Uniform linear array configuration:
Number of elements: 24
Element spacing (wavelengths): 1
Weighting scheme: hamming
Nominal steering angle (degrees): -30
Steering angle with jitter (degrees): -31.937
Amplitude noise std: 0.05
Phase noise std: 0.05

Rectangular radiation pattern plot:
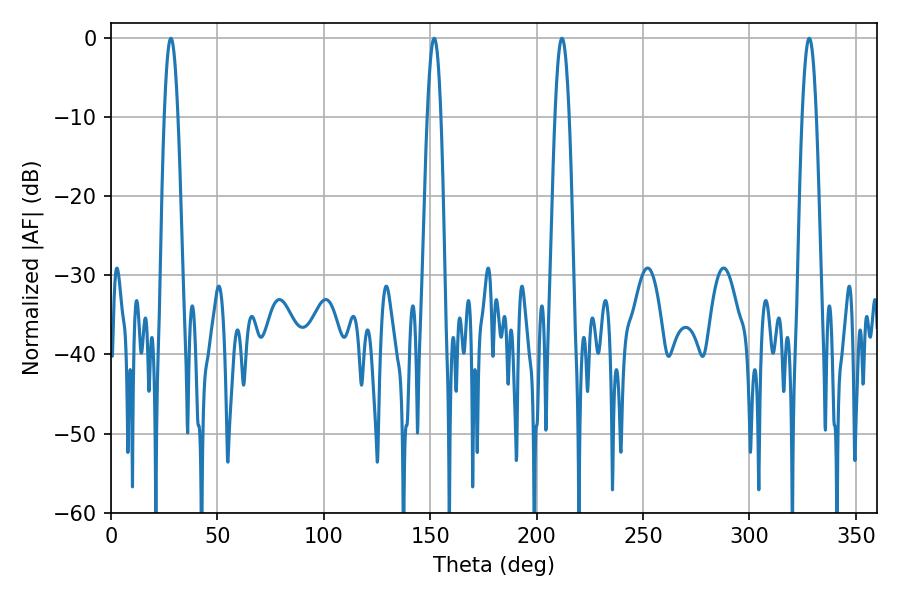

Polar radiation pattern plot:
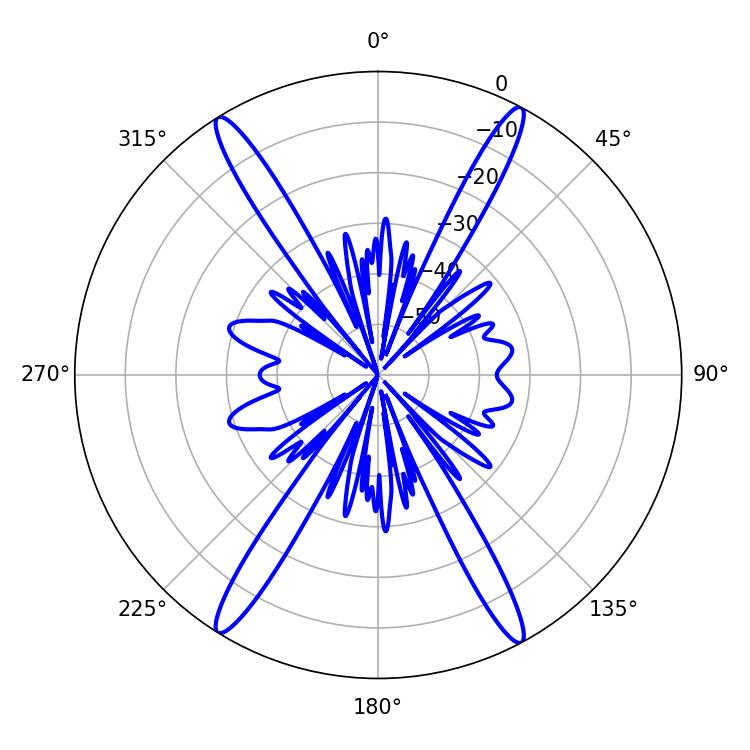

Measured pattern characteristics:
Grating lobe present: TRUE
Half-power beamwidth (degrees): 3.6
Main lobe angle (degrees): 328.14